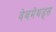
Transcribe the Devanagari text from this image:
वेबमेथड्स